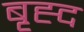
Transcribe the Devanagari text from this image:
बृह्द